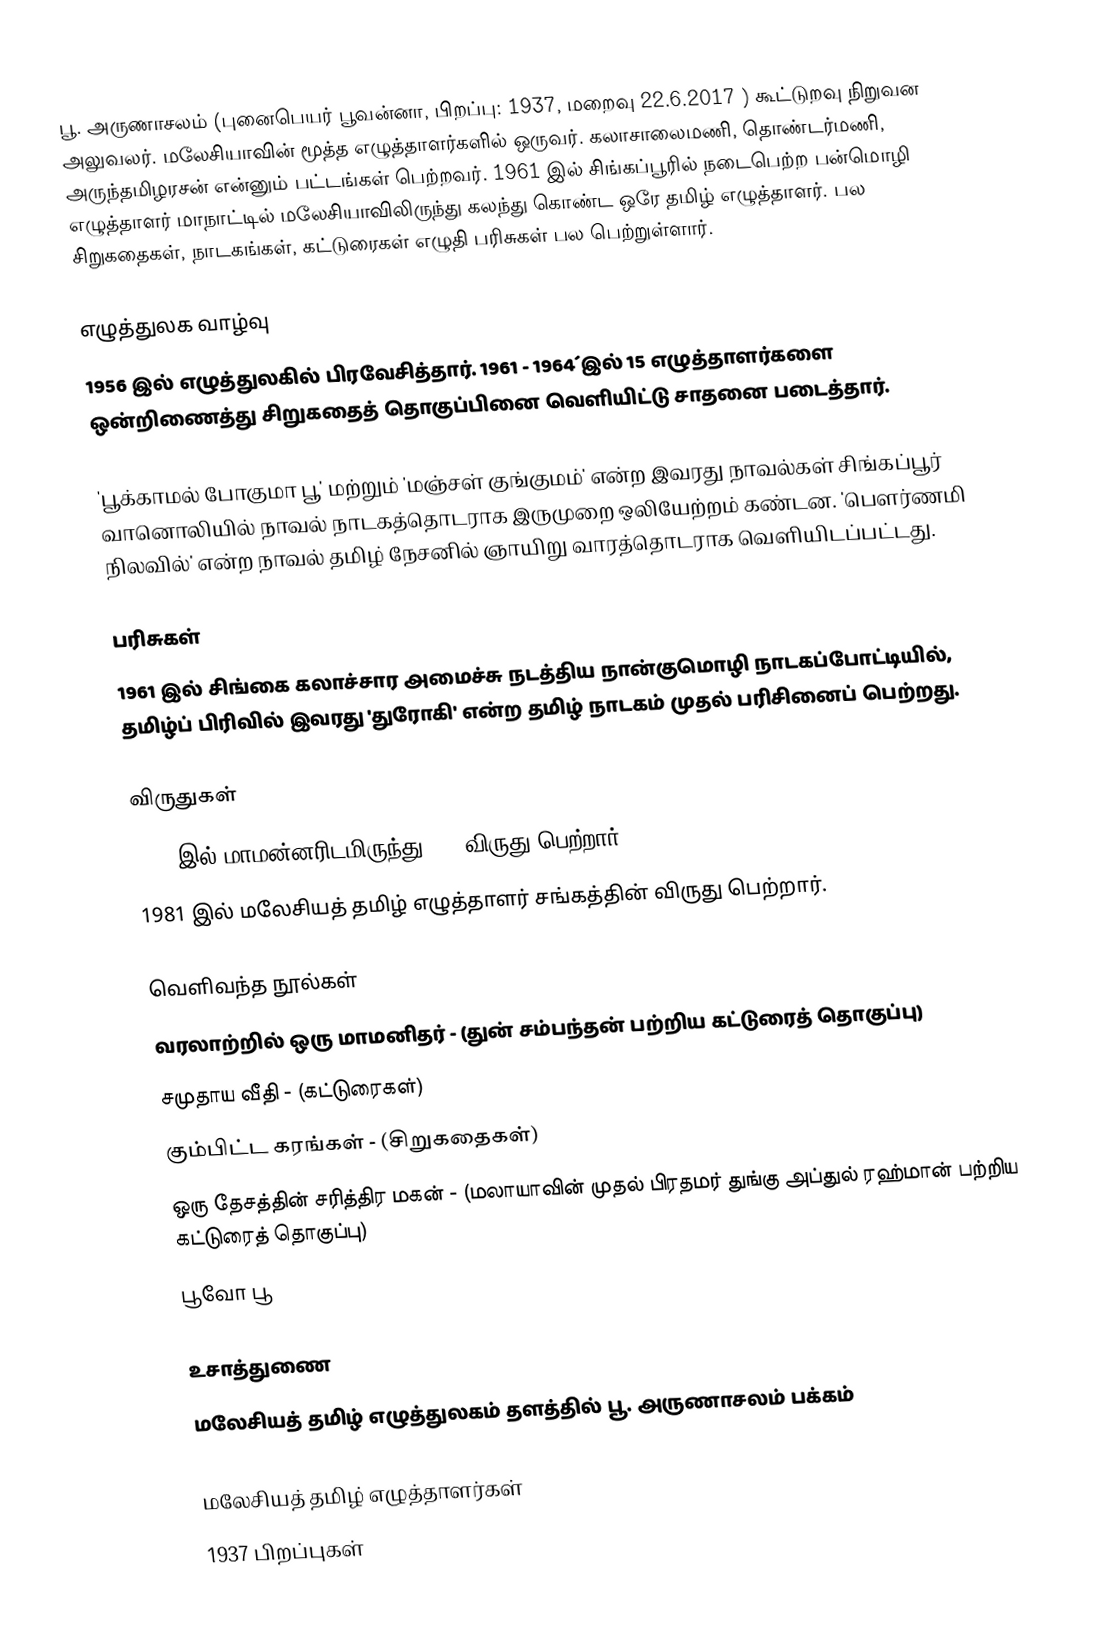
பூ. அருணாசலம் (புனைபெயர் பூவன்னா, பிறப்பு: 1937, மறைவு 22.6.2017 ) கூட்டுறவு நிறுவன அலுவலர். மலேசியாவின் மூத்த எழுத்தாளர்களில் ஒருவர். கலாசாலைமணி, தொண்டர்மணி, அருந்தமிழரசன் என்னும் பட்டங்கள் பெற்றவர். 1961 இல் சிங்கப்பூரில் நடைபெற்ற பன்மொழி எழுத்தாளர் மாநாட்டில் மலேசியாவிலிருந்து கலந்து கொண்ட ஒரே தமிழ் எழுத்தாளர். பல சிறுகதைகள், நாடகங்கள், கட்டுரைகள் எழுதி பரிசுகள் பல பெற்றுள்ளார்.

எழுத்துலக வாழ்வு
1956 இல் எழுத்துலகில் பிரவேசித்தார். 1961 - 1964´இல் 15 எழுத்தாளர்களை ஒன்றிணைத்து சிறுகதைத் தொகுப்பினை வெளியிட்டு சாதனை படைத்தார்.

'பூக்காமல் போகுமா பூ' மற்றும் 'மஞ்சள் குங்குமம்' என்ற இவரது நாவல்கள் சிங்கப்பூர் வானொலியில் நாவல் நாடகத்தொடராக இருமுறை ஒலியேற்றம் கண்டன. 'பௌர்ணமி நிலவில்' என்ற நாவல் தமிழ் நேசனில் ஞாயிறு வாரத்தொடராக வெளியிடப்பட்டது.

பரிசுகள்
 1961 இல் சிங்கை கலாச்சார அமைச்சு நடத்திய நான்குமொழி நாடகப்போட்டியில், தமிழ்ப் பிரிவில் இவரது 'துரோகி' என்ற தமிழ் நாடகம் முதல் பரிசினைப் பெற்றது.

விருதுகள்
 1971 இல் மாமன்னரிடமிருந்து PPN விருது பெற்றார்.
 1981 இல் மலேசியத் தமிழ் எழுத்தாளர் சங்கத்தின் விருது பெற்றார்.

வெளிவந்த நூல்கள்
 வரலாற்றில் ஒரு மாமனிதர் - (துன் சம்பந்தன் பற்றிய கட்டுரைத் தொகுப்பு)
 சமுதாய வீதி - (கட்டுரைகள்)
 கும்பிட்ட கரங்கள் - (சிறுகதைகள்)
 ஒரு தேசத்தின் சரித்திர மகன் - (மலாயாவின் முதல் பிரதமர் துங்கு அப்துல் ரஹ்மான் பற்றிய கட்டுரைத் தொகுப்பு)
 பூவோ பூ

உசாத்துணை
 மலேசியத் தமிழ் எழுத்துலகம் தளத்தில் பூ. அருணாசலம் பக்கம்

மலேசியத் தமிழ் எழுத்தாளர்கள்
1937 பிறப்புகள்